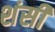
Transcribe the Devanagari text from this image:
शंसी